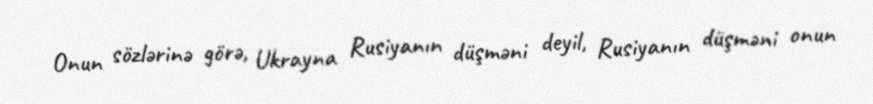
Onun sözlərinə görə, Ukrayna Rusiyanın düşməni deyil, Rusiyanın düşməni onun